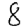
Digit: 8